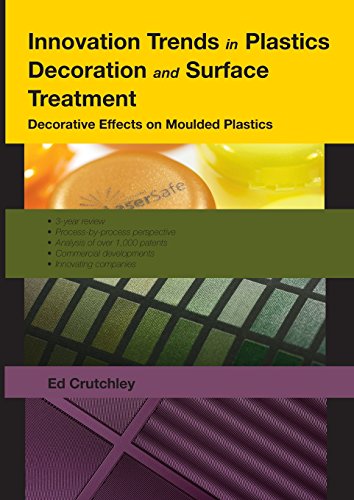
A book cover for Innovation Trends in Plastics Decoration and Surface Treatment; Edward B. Crutchley; Science & Math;